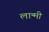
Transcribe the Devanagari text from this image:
लान्मी